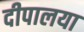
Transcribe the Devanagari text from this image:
दीपालया